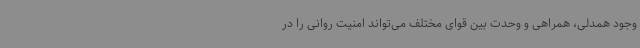
وجود همدلی، همراهی و وحدت بین قوای مختلف می‌تواند امنیت روانی را در